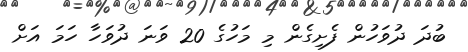
ބުދަ ދުވަހުން ފެށިގެން މި މަހުގެ 20 ވަނަ ދުވަހާ ހަމަ އަށް